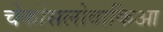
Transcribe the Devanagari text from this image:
चेकोसलोवाकिआ